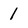
Character: 1